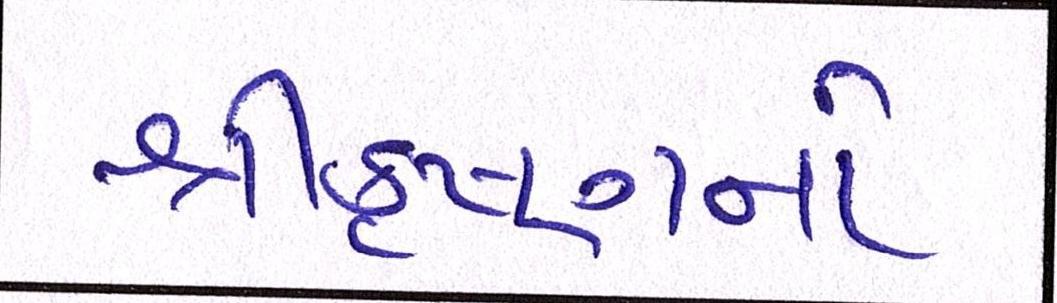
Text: શ્રીકૃષ્ણનો